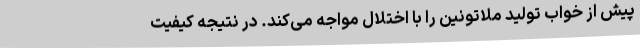
پیش از خواب تولید ملاتونین را با اختلال مواجه می‌کند. در نتیجه کیفیت